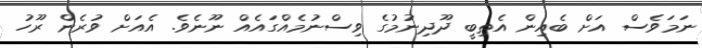
ނަމަވެސް އަށް ބެއިން އެތިބީ ދޫދިނުމުގެ ވިސްނުމެއްގައެއް ނޫނެވެ. އެއަށް ވުރެން ރޫހު